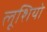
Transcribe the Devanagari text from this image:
लूशियो